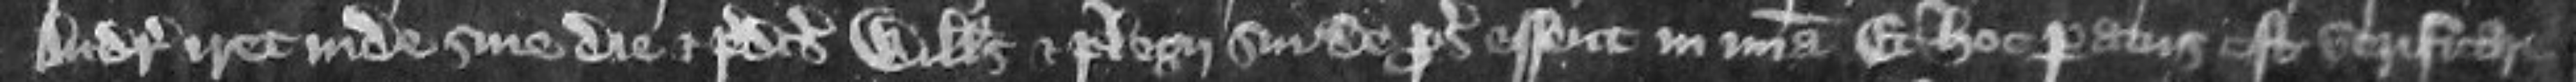
Andreas iret sine die et predictus Willelmus et plegii sui de prosequendo essent in misericordia Et hoc paratus et verificare